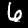
Label: 6